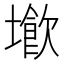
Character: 𡑨